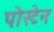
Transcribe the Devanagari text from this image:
पोस्टेन